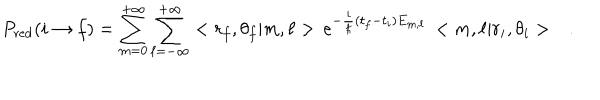
LaTeX: P _ { \mathrm { r e d } } ( i \rightarrow f ) = \sum _ { m = 0 } ^ { + \infty } \sum _ { \ell = - \infty } ^ { + \infty } < r _ { f } , \theta _ { f } | m , \ell > \, e ^ { - \frac { i } { \hbar } ( t _ { f } - t _ { i } ) E _ { m , \ell } } \, < m , \ell | r _ { i } , \theta _ { i } > \ \ \ .